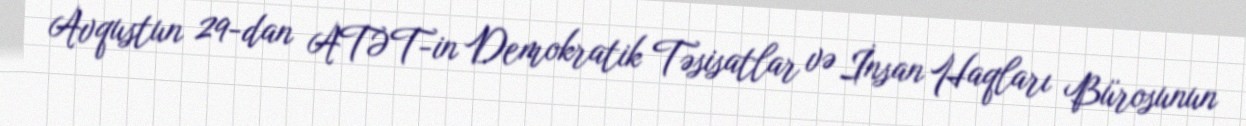
Avqustun 29-dan ATƏT-in Demokratik Təsisatlar və İnsan Haqları Bürosunun